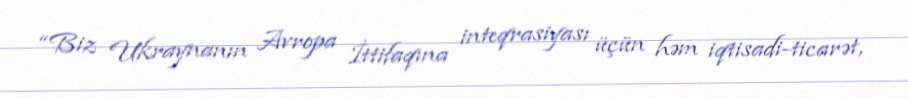
“Biz Ukraynanın Avropa İttifaqına inteqrasiyası üçün həm iqtisadi-ticarət,